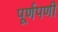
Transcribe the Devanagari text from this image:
पूर्णपणी